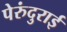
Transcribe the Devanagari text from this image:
पेरुंदुराई